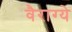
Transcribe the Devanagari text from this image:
वैराग्ये